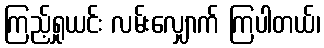
ကြည့်ရှုယင်း လမ်းလျှောက် ကြပါတယ်၊